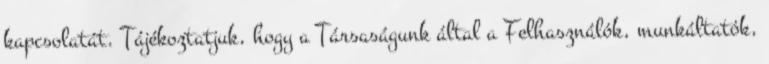
kapcsolatát. Tájékoztatjuk, hogy a Társaságunk által a Felhasználók, munkáltatók,